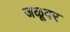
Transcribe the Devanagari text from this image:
जळूवर